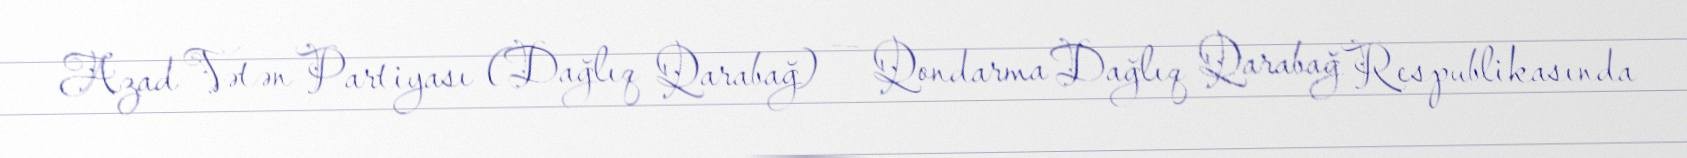
Azad Vətən Partiyası (Dağlıq Qarabağ) — Qondarma Dağlıq Qarabağ Respublikasında